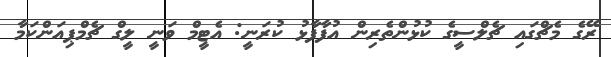
ރޭގެ މެޗްގައި ޗެލްސީގެ ކުޅުންތެރިން އުފާފާޅު ކުރަނީ: އެޓީމް ވަނީ ލީގް ޗެމްޕިއަންކަމާ